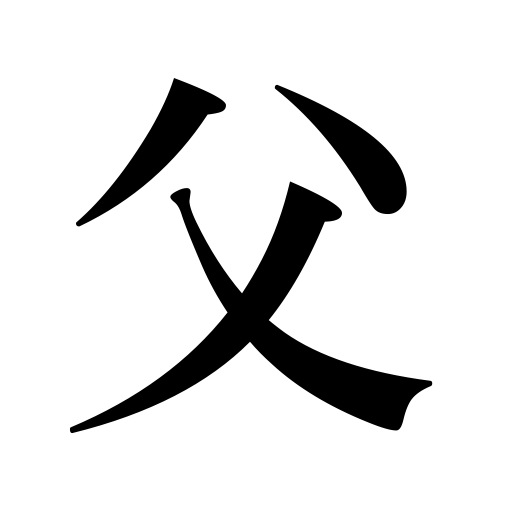
Meanings: father